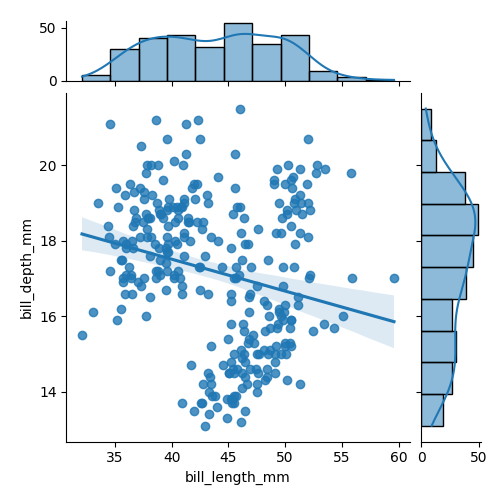
python, seaborn, jointplot, kind='reg', height='5', ratio='5', marginal_ticks='True'